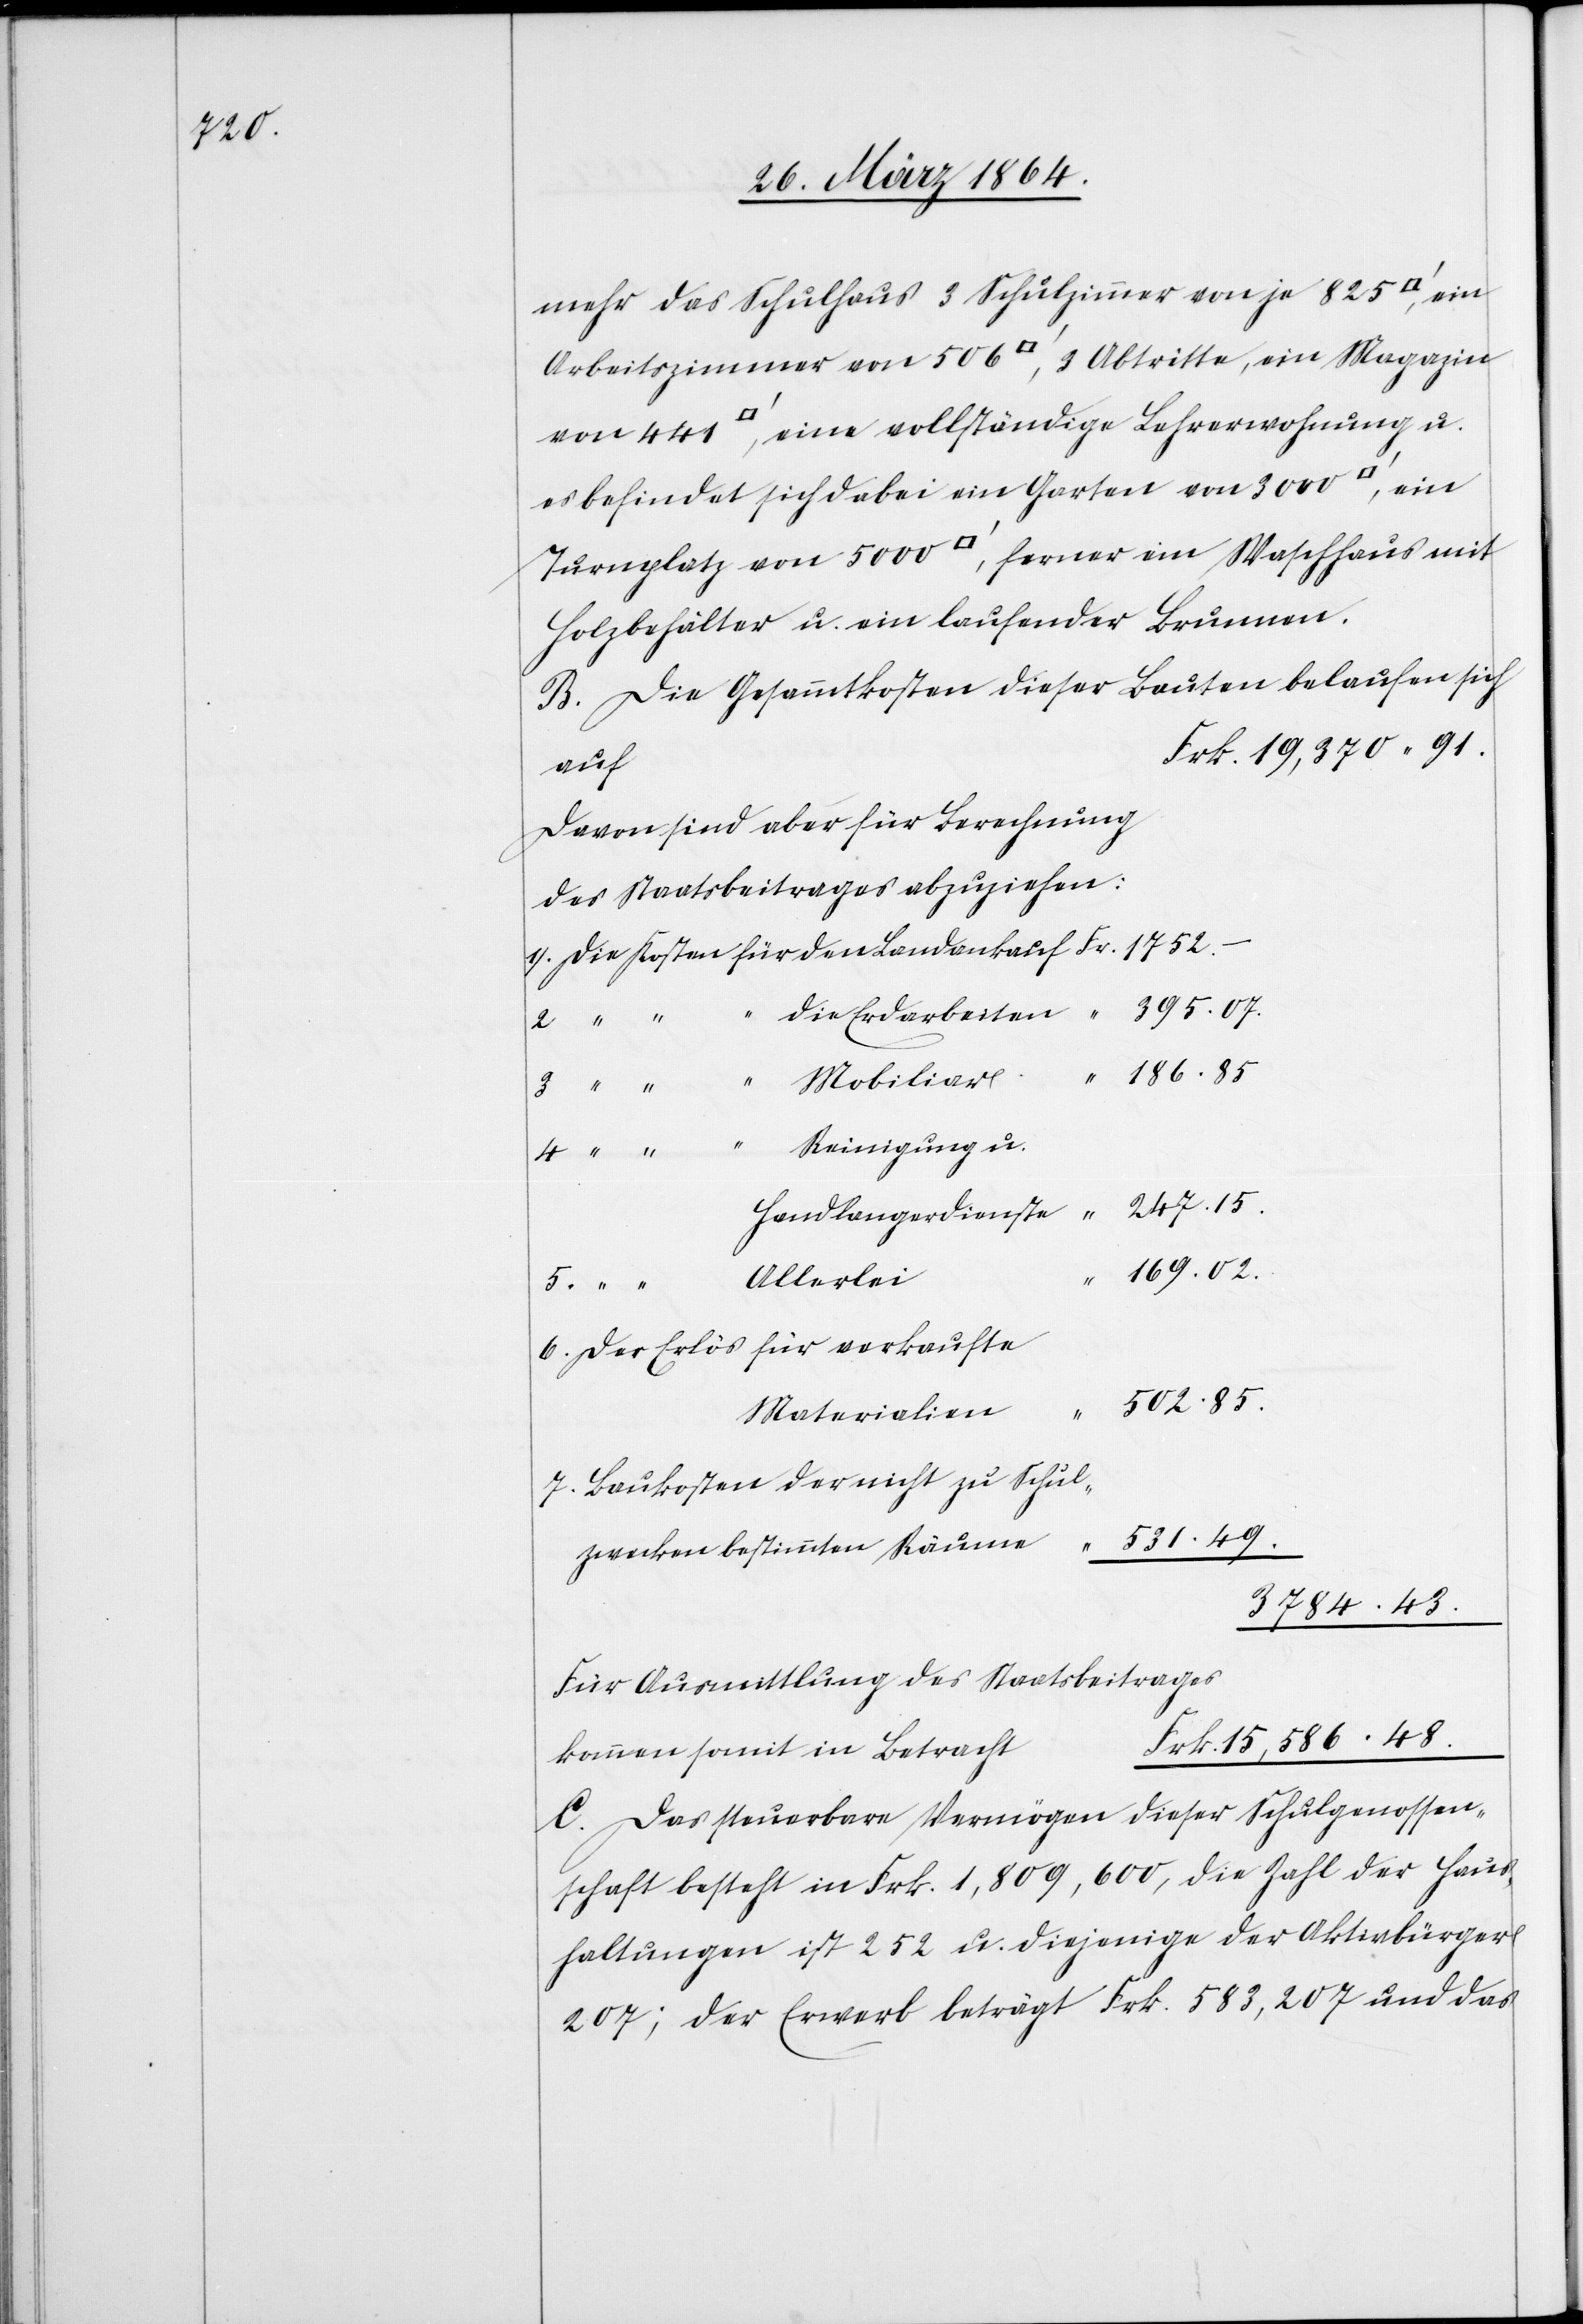
48.

mehr das Schulhaus 3 Schulzimmer von je 825
Arbeitszimmer von 506 [Quadratfuss], 3 Abtritte, ein Magazin
es befindet sich dabei ein Garten von 300 [Quadratfuss], ein
Turnplatz von 5000 [Quadratfuss], ferner ein Waschhaus mit
Holzbehälter u. ein laufender Brunnen.
B. Die Gesammtkosten dieser Bauten belaufen sich
Davon sind aber für Berechnung
des Staatsbeitrages abzuziehen:
15,586
395.07.
die Erdarbeiten
186.85
4.
Mobiliar
“
Reinigung u.
247.15.
Handlangerdienste
169.02
Allerlei
Der Erlös für verkaufte
502.85.
Materialien
Baukosten der nicht zu Schul¬
531.49.
zwecken bestimmten Räume
3782 43.
Für Ausmittlung des Staatsbeitrages
kommen somit in Betrach¬
C. Das steuerbare Vermögen dieser Schulgenossen¬
schaft besteht in Frk. 1,809,600, die Zahl der Haus¬
haltungen ist 252 u. diejenige der Aktivbürger
207; der Erwerb beträgt Frk. 583,207 und das